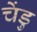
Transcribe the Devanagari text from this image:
चेंडु